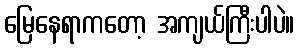
မြေနေရာကတော့ အကျယ်ကြီးပါပဲ။